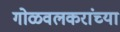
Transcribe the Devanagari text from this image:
गोळवलकरांच्या